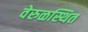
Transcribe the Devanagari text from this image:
वेरुळस्थित